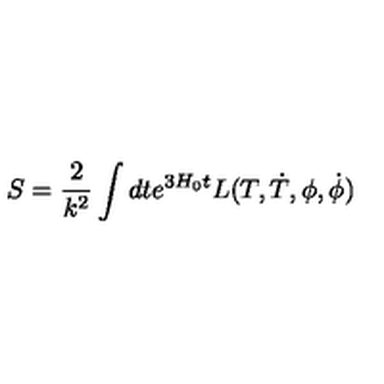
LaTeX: S = \frac { 2 } { k ^ { 2 } } \int { d t e ^ { 3 H _ { 0 } t } L ( T , \dot { T } , { \phi } , \dot { \phi } ) }